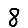
Digit: 8